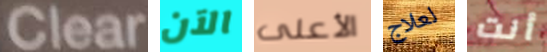
Clear الآن الأعلى لعلاج أنت